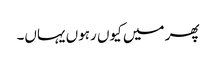
پھر میں کیوں رہوں یہاں۔